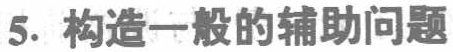
5. 构造一般的辅助问题